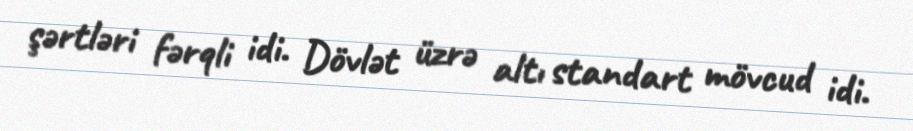
şərtləri fərqli idi. Dövlət üzrə altı standart mövcud idi.